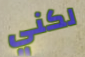
لكني